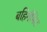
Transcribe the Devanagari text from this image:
बहिर्गमित